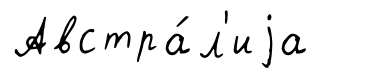
Австра́л'иjа